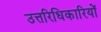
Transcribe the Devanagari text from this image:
उत्तरिधिकारियों